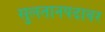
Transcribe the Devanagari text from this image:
सुलतानपदावर